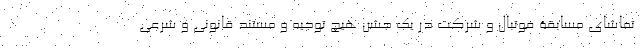
تماشای مسابقۀ فوتبال و شرکت در یک جشن هیچ توجیه و مستند قانونی و شرعی